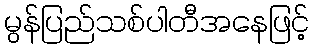
မွန်ပြည်သစ်ပါတီအနေဖြင့်